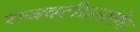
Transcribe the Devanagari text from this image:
राजवटीप्रमाणेच